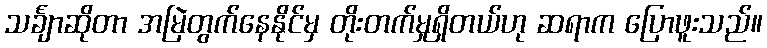
သင်္ချာဆိုတာ အမြဲတွက်နေနိုင်မှ တိုးတက်မှုရှိတယ်ဟု ဆရာက ပြောဖူးသည်။